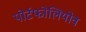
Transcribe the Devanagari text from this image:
पोर्टफोलियोव